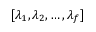
[ \lambda _ { 1 } , \lambda _ { 2 } , \ldots , \lambda _ { f } ]